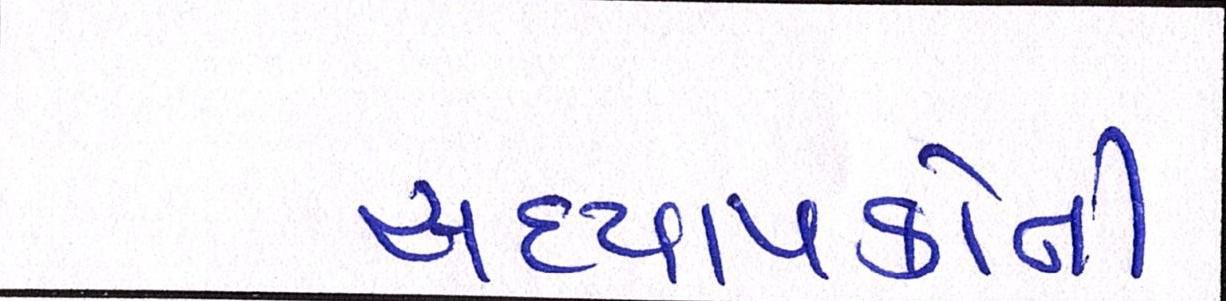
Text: અધ્યાપકોની